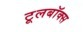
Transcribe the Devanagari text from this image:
टूलबॉक्स